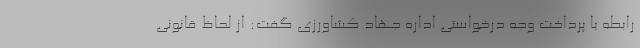
رابطه با پرداخت وجه درخواستی اداره جهاد کشاورزی گفت: از لحاظ قانونی